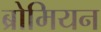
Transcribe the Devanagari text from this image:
ब्रोमियन